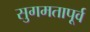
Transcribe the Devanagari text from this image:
सुगमतापूर्व